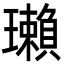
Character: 瓎